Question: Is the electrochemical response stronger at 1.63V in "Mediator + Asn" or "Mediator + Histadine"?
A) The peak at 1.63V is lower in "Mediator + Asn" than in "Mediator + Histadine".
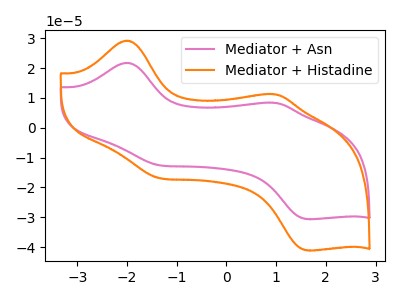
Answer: <think>The pink curve "Mediator + Asn" has anodic peaks at (-2.05V, 21.70uA) (1.00V, 8.35uA) and cathodic peaks at (-1.35V, -12.60uA) (1.65V, -30.60uA). The orange curve "Mediator + Histadine" has anodic peaks at (-2.05V, 29.15uA) (1.00V, 11.20uA) and cathodic peaks at (-1.35V, -16.90uA) (1.65V, -41.10uA).</think>
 <answer>A) The peak at 1.63V is lower in "Mediator + Asn" than in "Mediator + Histadine".</answer>
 <eval>A</eval>